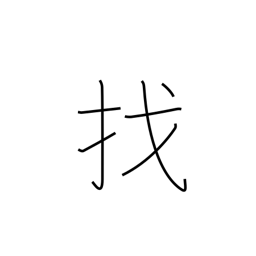
Meaning: make change